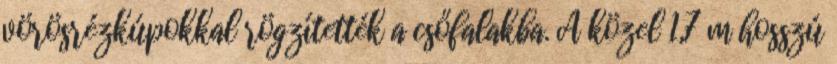
vörösrézkúpokkal rögzítették a csőfalakba. A közel 1,7 m hosszú